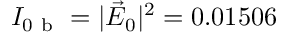
I _ { 0 \mathrm { ~ b ~ } } = | \vec { E } _ { 0 } | ^ { 2 } = 0 . 0 1 5 0 6